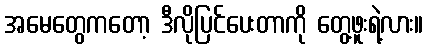
အမေတွေကတော့ ဒီလိုပြင်ပေးတာကို တွေ့ဖူးရဲ့လား။